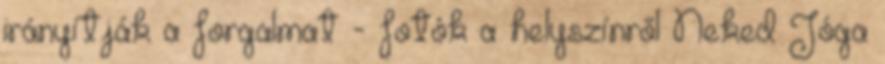
irányítják a forgalmat - fotók a helyszínről Neked Jóga